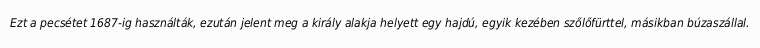
Ezt a pecsétet 1687-ig használták, ezután jelent meg a király alakja helyett egy hajdú, egyik kezében szőlőfürttel, másikban búzaszállal.